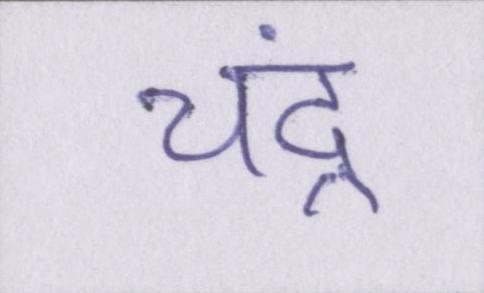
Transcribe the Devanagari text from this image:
चंद्र